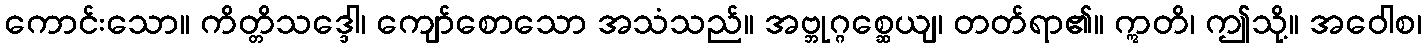
ကောင်းသော။ ကိတ္တိသဒ္ဒေါ၊ ကျော်စောသော အသံသည်။ အဗ္ဘုဂ္ဂစ္ဆေယျ၊ တတ်ရာ၏။ ဣတိ၊ ဤသို့။ အဝေါစ၊